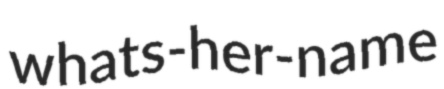
whats-her-name